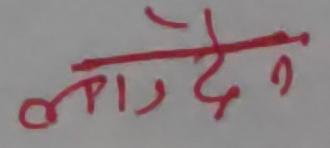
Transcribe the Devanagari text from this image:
लाउदैन